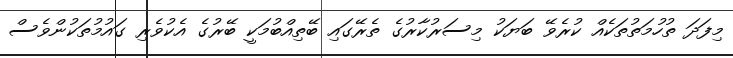
މިފަދަ ތުހުމަތުތަކެއް ކުރެވޭ ބަޔަކު މިސަރުކާރުގެ ތެރޭގައި ބޭތިއްބުމަކީ ބޭރުގެ އެކުވެރި ގައުމުތަކުންވެސް